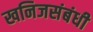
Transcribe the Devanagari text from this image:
खनिजसंबंधी